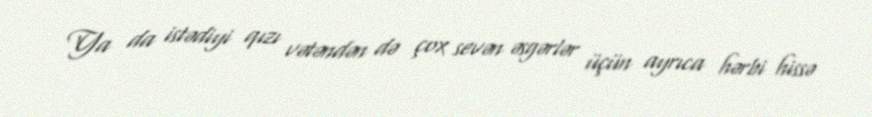
Ya da istədiyi qızı vətəndən də çox sevən əsgərlər üçün ayrıca hərbi hissə